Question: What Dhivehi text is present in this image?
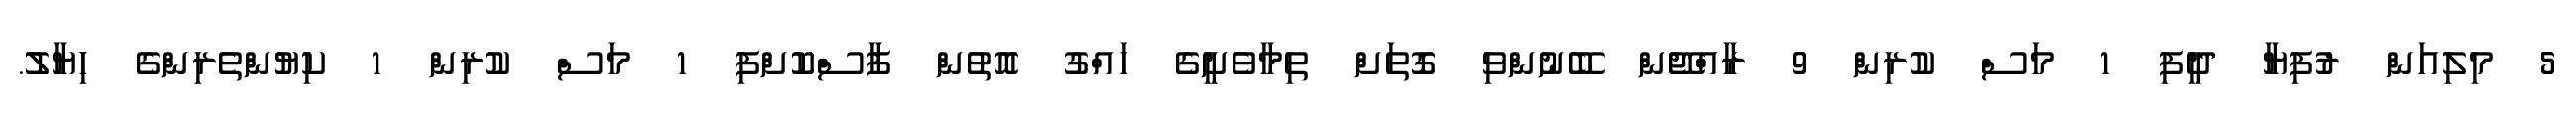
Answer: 5 މިލިއަން ރުފިޔާ ދީފި 1 މަސް ކުރިން 9 ރާއްޖޭން ބޭނުންވި ގޮތަށް ތިމާވެށީގެ ހައްގު އޮތުން ފާސްކޮށްފި 1 މަސް ކުރިން 1 ކިޔުންތެރިންގެ ހިޔާލު.